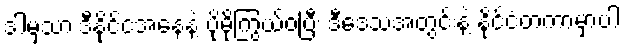
ဒါမှသာ ဒီနိုင်ငံအနေနဲ့ ပိုမိုကြွယ်ဝပြီး ဒီဒေသအတွင်းနဲ့ နိုင်ငံတကာမှာပါ